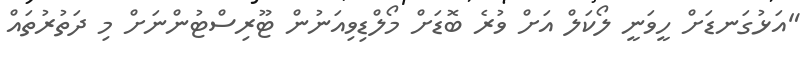
"އަޅުގަނޑަށް ހީވަނީ ލޯކަލް އަށް ވުރެ ބޮޑަށް މޯލްޑިވިއަނުން ޓޫރިސްޓުންނަށް މި ދަތުރުތައް